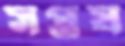
সপ্তষ